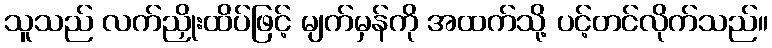
သူသည် လက်ညှိုးထိပ်ဖြင့် မျက်မှန်ကို အထက်သို့ ပင့်တင်လိုက်သည်။